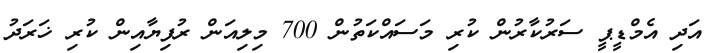
އަދި އެމްޑީޕީ ސަރުކާރުން ކުރި މަސައްކަތުން 700 މިލިއަން ރުފިޔާއިން ކުރި ޚަރަދު